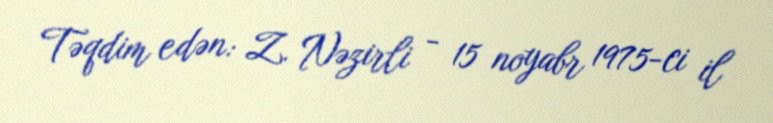
Təqdim edən: Z. Nəzirli - 15 noyabr 1975-ci il